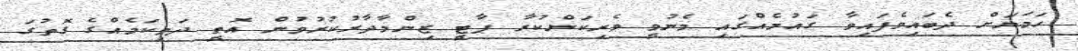
ހަމަޔަށް ދެބައިވެފައިވާ ގައުމެއްގައި މެނުވީ ވެރިކަންކުރާ ޕާޓީ ޒިންމާދާރުކުރުވުން އޮތީ ދަތިކަމެއްގެ ގޮތުގަ